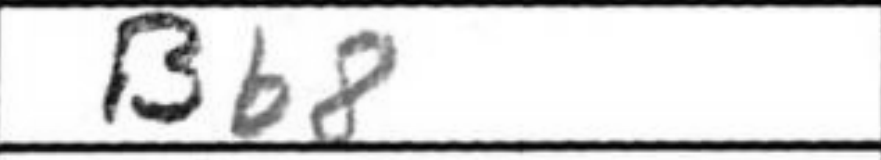
Transcription: Bb8